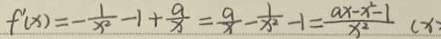
f ^ { \prime } ( x ) = - \frac { 1 } { x ^ { 2 } } - 1 + \frac { a } { x } = \frac { a } { x } - \frac { 1 } { x ^ { 2 } } - 1 = \frac { a x - x ^ { 2 } - 1 } { x ^ { 2 } } ( x )